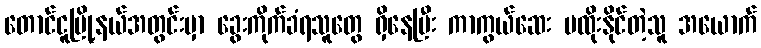
တောင်ငူမြို့နယ်အတွင်းမှာ ခွေးကိုက်ခံရသူတွေ ရှိနေပြီး ကာကွယ်ဆေး မထိုးနိုင်တဲ့သူ အယောက်